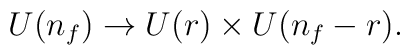
U(n_{f}) \rightarrow U(r) \times U(n_{f}-r).